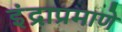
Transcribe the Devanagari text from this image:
इंद्राप्रमाणे